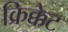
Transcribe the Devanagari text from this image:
क्रिक्केट